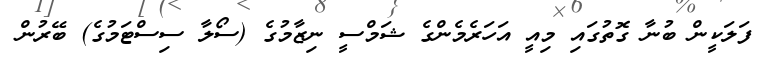
ފަލަކީން ބުނާ ގޮތުގައި މިއީ އަހަރެމެންގެ ޝަމްސީ ނިޒާމުގެ (ސޯލާ ސިސްޓަމުގެ) ބޭރުން